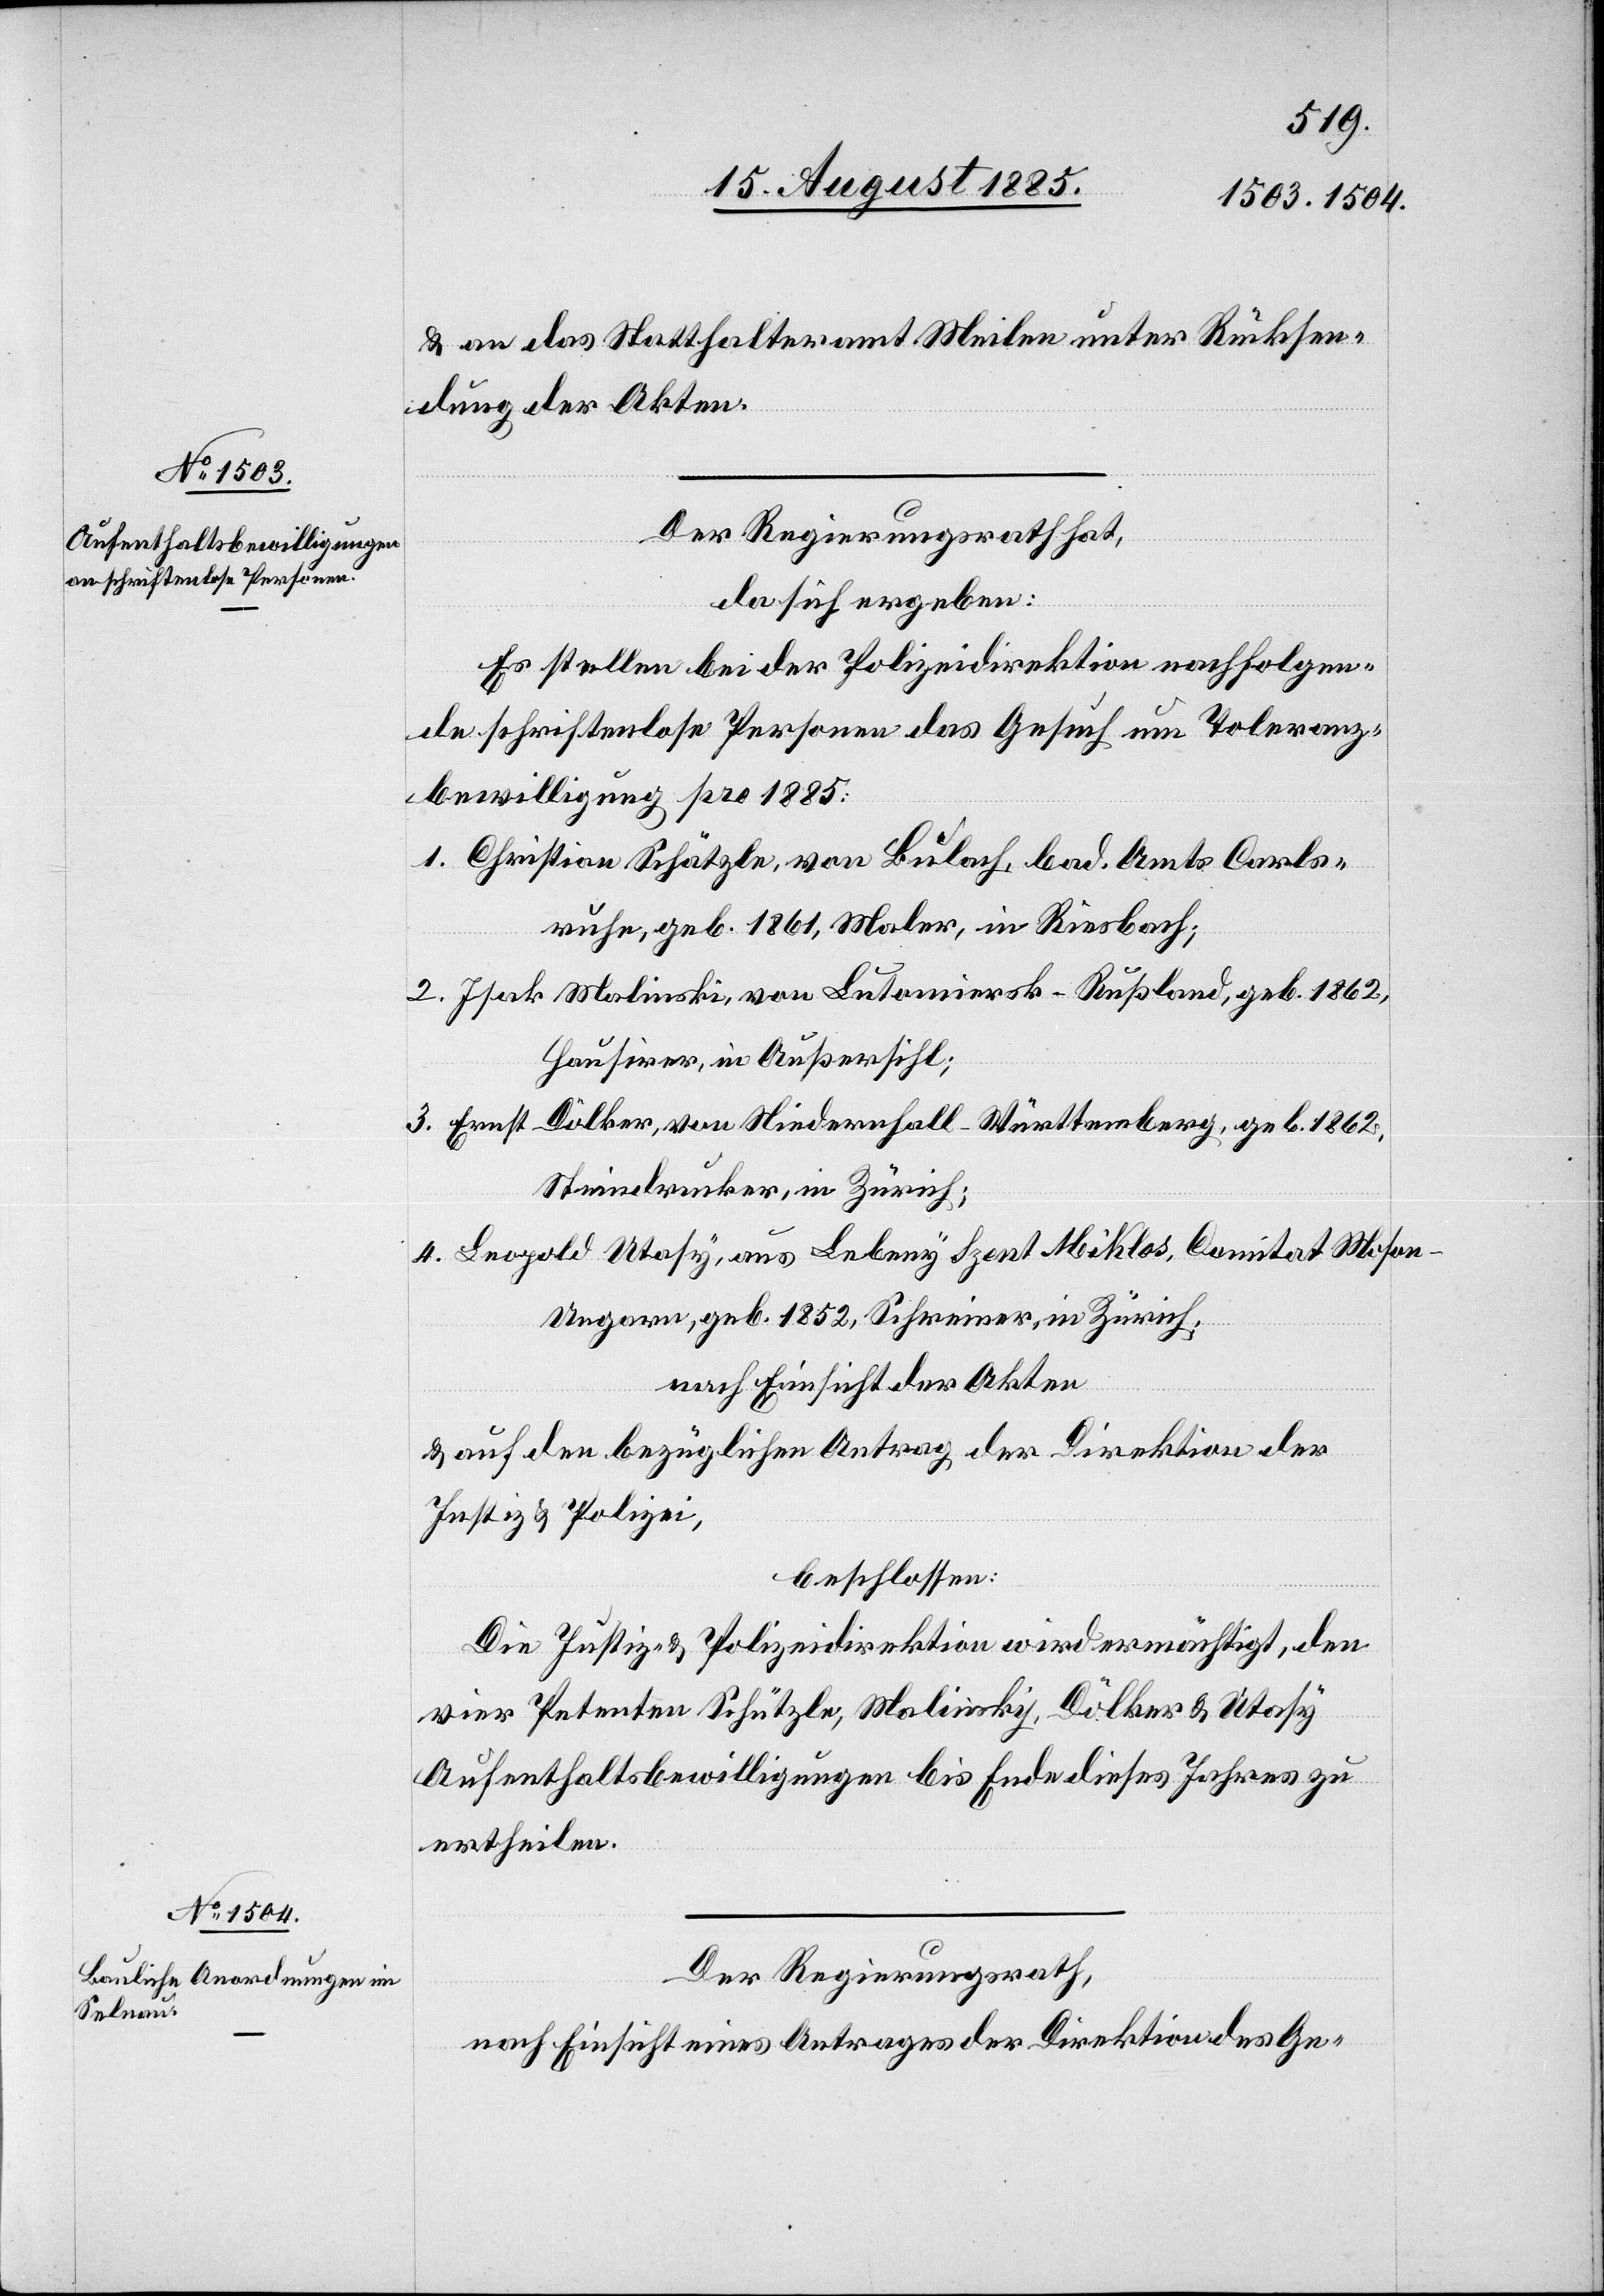
& an das Statthalteramt Meilen unter Rücksen¬
dung der Akten.
Der Regierungsrath hat,
da sich ergeben:
Es stellen bei der Polizeidirektion nachfolgen¬
de schriftenlose Personen das Gesuch um Toleranz¬
bewilligung pro 1885:
1. Christian Schätzle, von Bulach, bad. Amts Carls¬
ruhe, geb. 1861, Maler, in Riesbach;
2. Isak Malinski, von Lutomiersk - Rußland, geb. 1862,
Hausirer, in Außersihl;
3. Ernst Dölker, von Niedernhall - Württemberg, geb. 1862,
Steindrucker, in Zürich;
4. Leopold Utasy, aus Lebeny Szent Miklos, Comitat Moson
Ungarn, geb. 1852, Schreiner, in Zürich;
nach Einsicht der Akten
& auf den bezüglichen Antrag der Direktion der
Justiz & Polizei,
beschlossen:
Die Justiz- & Polizeidirektion wird ermächtigt, den
vier Petenten Schützle, Molinsky, Dölker & Utasy
Aufenthaltsbewilligungen bis Ende dieses Jahres zu
ertheilen.
Der Regierungsrath,
nach Einsicht eines Antrages der Direktion des Ge-